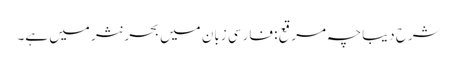
شرح دیباچہ مرقع : فارسی زبان میں بحر نثر میں ہے۔